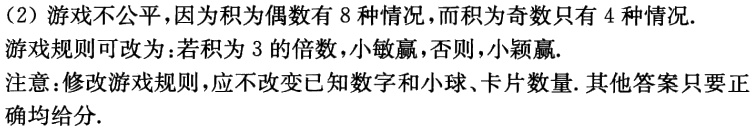
（2）游戏不公平，因为因为偶数有8种情况，而积为奇数只有4种情况.
游戏规则可改为：若积为3的倍数，小敏赢，否则，小颖赢.
注意：修改游戏规则，应不改变已知数字和小球、卡片数量. 其他答案只要正确均给分.